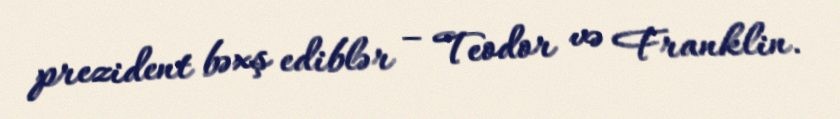
prezident bəxş ediblər – Teodor və Franklin.